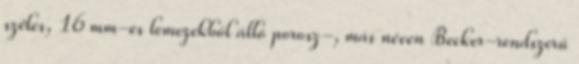
széles, 16 mm-es lemezekből álló porosz-, más néven Becker-rendszerű